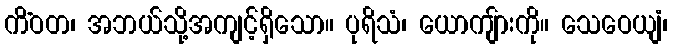
ကိံဝတ၊ အဘယ်သို့အကျင့်ရှိသော။ ပုရိသံ၊ ယောကျ်ားကို။ သေဝေယျံ၊